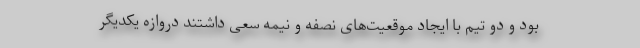
بود و دو تیم با ایجاد موقعیت‌های نصفه و نیمه سعی داشتند دروازه یکدیگر